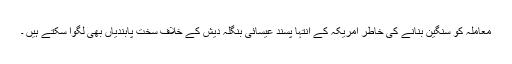
معاملہ کو سنگین بنانے کی خاطر امریکہ کے انتہا پسند عیسائی بنگلہ دیش کے خلاف سخت پابندیاں بھی لگوا سکتے ہیں ۔